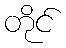
တိုင်